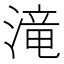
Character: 滝